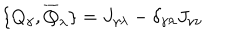
\{ Q _ { \gamma } , \overline { { { Q } } } _ { \lambda } \} = J _ { \gamma \lambda } - \delta _ { \gamma \lambda } J _ { \nu \nu }